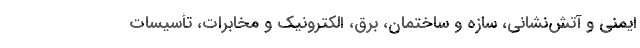
ایمنی و آتش‌نشانی، سازه و ساختمان، برق، الکترونیک و مخابرات، تأسیسات